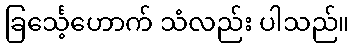
ခြင်္သေ့ဟောက် သံလည်း ပါသည်။